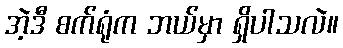
အဲ့ဒီ စက်ရုံက ဘယ်မှာ ရှိပါသလဲ။